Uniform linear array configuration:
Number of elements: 16
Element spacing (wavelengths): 0.75
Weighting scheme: kaiser
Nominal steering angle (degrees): -45
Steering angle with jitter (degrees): -43.278
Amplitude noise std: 0.05
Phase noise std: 0.05

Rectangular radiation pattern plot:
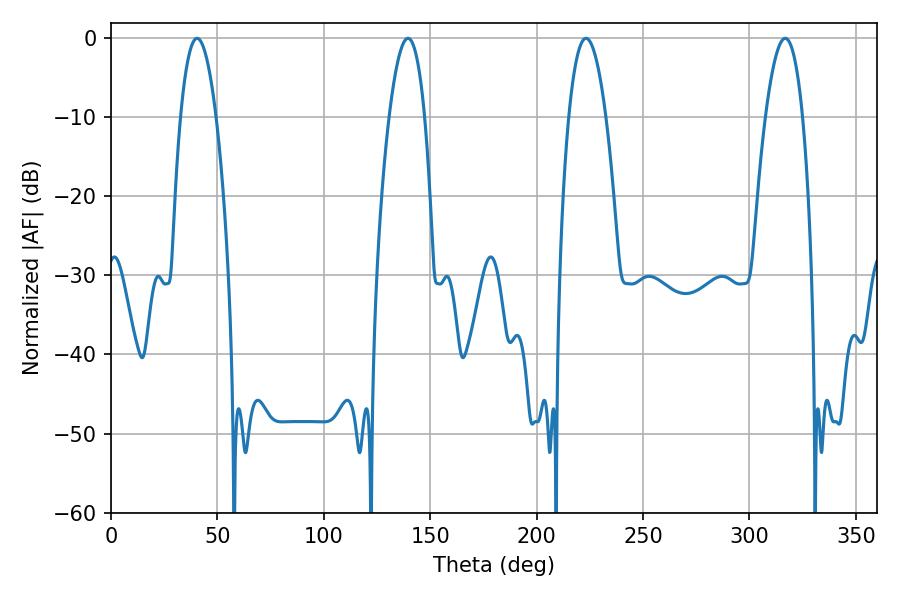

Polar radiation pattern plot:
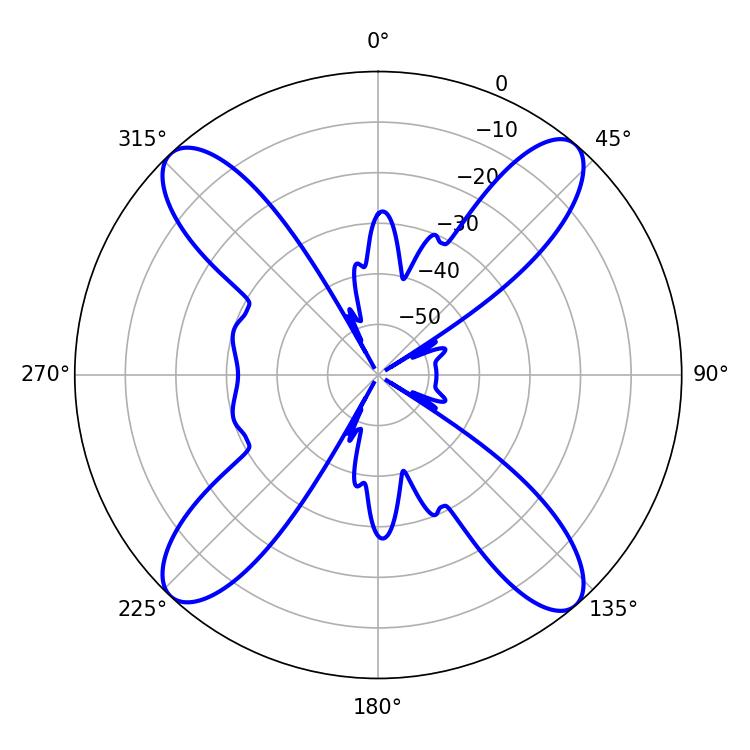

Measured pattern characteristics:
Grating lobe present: TRUE
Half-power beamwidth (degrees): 9.72
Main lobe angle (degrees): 223.2